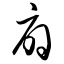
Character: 扇